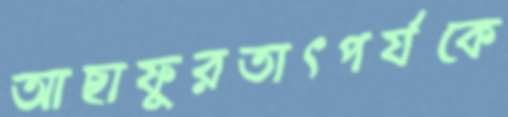
আছাফুরতাৎপর্যকে